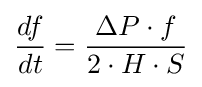
{\frac {df}{dt}}={\frac {\Delta P\cdot f}{2\cdot H\cdot S}}